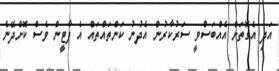
އަދި އެގޮތަށް އެއްބަސްވީ ސަރުކާރުން އެދުނު ކަންތައްތައް އެ ޕާޓީން ވެސް ކޮށްދޭނެ